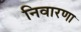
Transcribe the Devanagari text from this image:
निवारणा